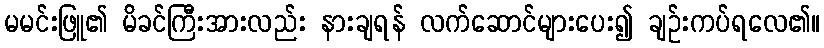
မမင်းဖြူ၏ မိခင်ကြီးအားလည်း နားချရန် လက်ဆောင်များပေး၍ ချဉ်းကပ်ရလေ၏။